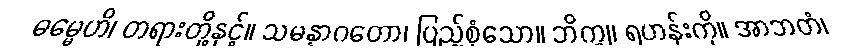
ဓမ္မေဟိ၊ တရားတို့နှင့်။ သမန္နာဂတော၊ ပြည့်စုံသော။ ဘိက္ခု၊ ရဟန်းကို။ အာဘတံ၊